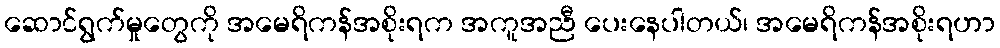
ဆောင်ရွက်မှုတွေကို အမေရိကန်အစိုးရက အကူအညီ ပေးနေပါတယ်၊ အမေရိကန်အစိုးရဟာ